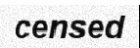
censed